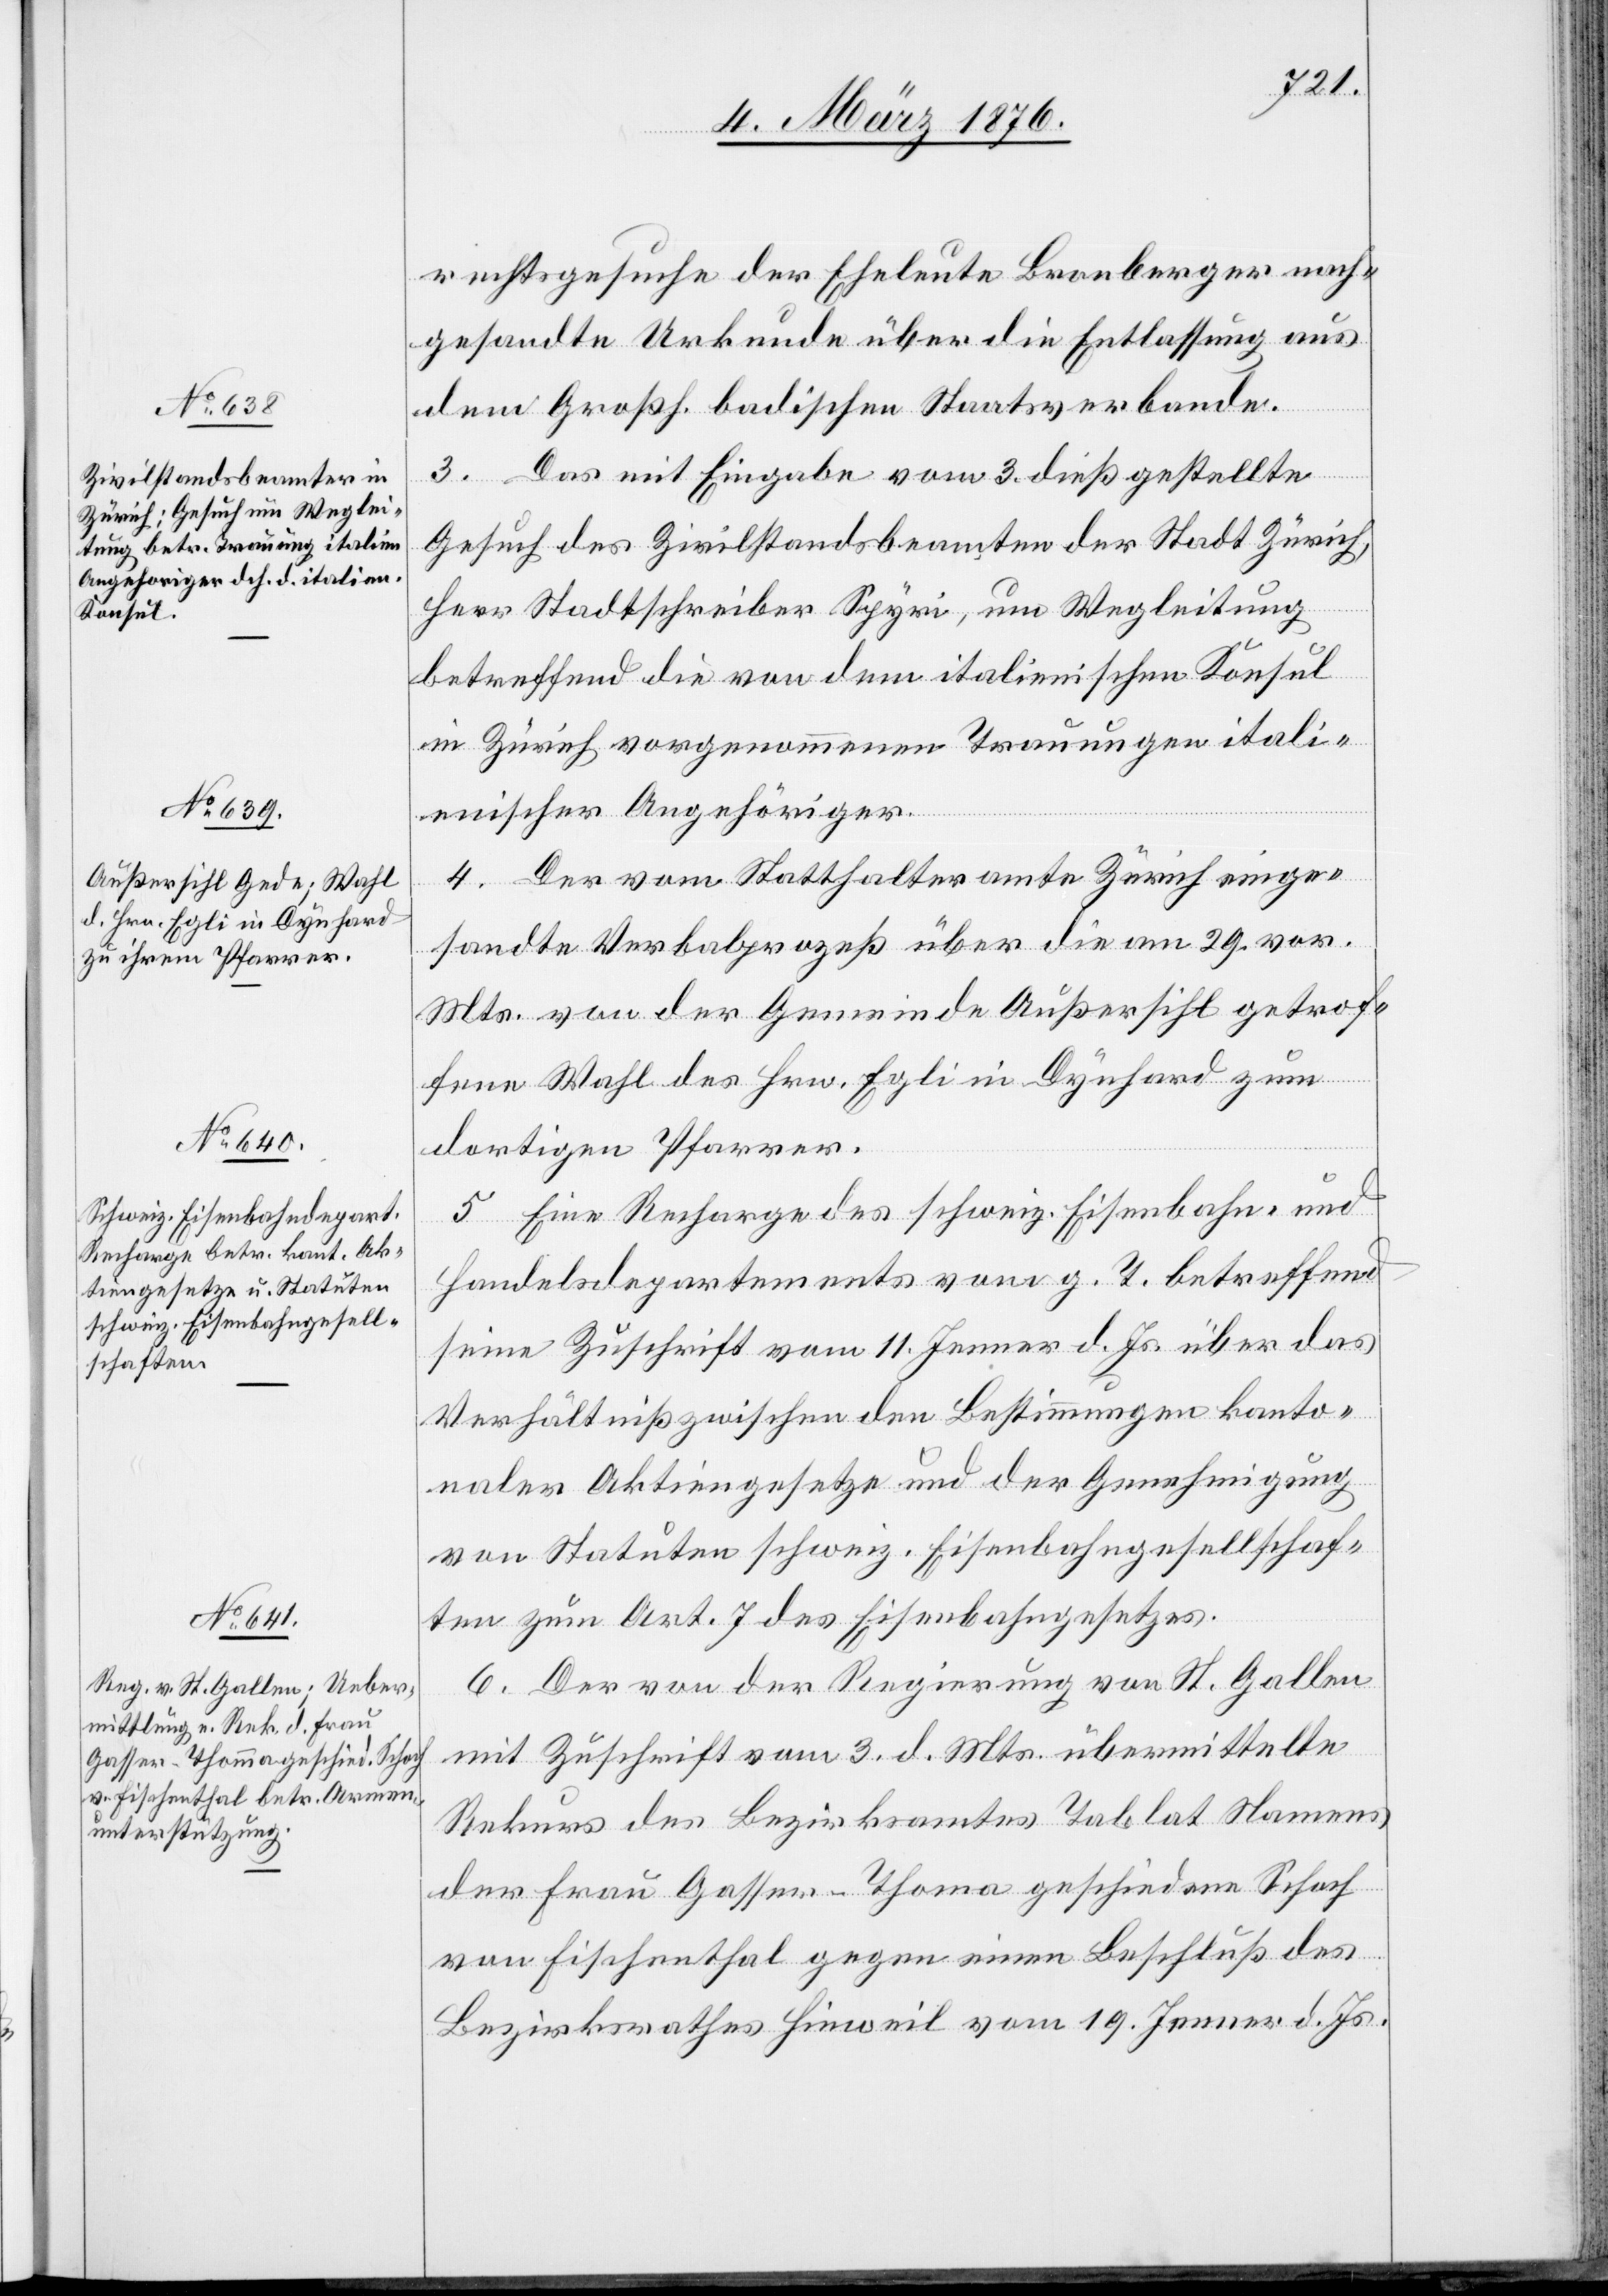
7. März 1876.]
rechtsgesuche der Eheleute Branberger nach¬
gesandte Urkunde über die Entlassung aus
dem Großh. badischen Staatsverbande.
3. Das mit Eingabe vom 3. dieß gestellte
Gesuch des Zivilstandsbeamten der Stadt Zürich,
Herr Stadtschreiber Spyri, um Wegleitung
betreffend die von dem italienischen Konsul
in Zürich vorgenommenen Trauungen itali¬
enischer Angehöriger.
4. Der vom Statthalteramte Zürich einge¬
sandte Verbalprozeß über die am 29. vor.
Mts. von der Gemeinde Außersihl getrof¬
fene Wahl des Hrn. Egli in Dynhard zum
dortigen Pfarrer.
5. Eine Recharge des schweiz. Eisenbahn- und
Handelsdepartements vom g. T. betreffend
seine Zuschrift vom 11. Jenner d. Js. über das
Verhältniß zwischen den Bestimmungen kanto¬
naler Aktiengesetze und der Genehmigung
von Statuten schweiz. Eisenbahngesellschaf¬
ten zum Art. 7 des Eisenbahngesetzes.
6. Der von der Regierung von St. Gallen
mit Zuschrift vom 3. d. Mts. übermittelte
Rekurs des Bezirksamtes Tablat Namens
der Frau Gasser-Thoma geschiedene Schoch
von Fischenthal gegen einen Beschluß des
Bezirksrathes Hinweil vom 19. Jenner d. Js.